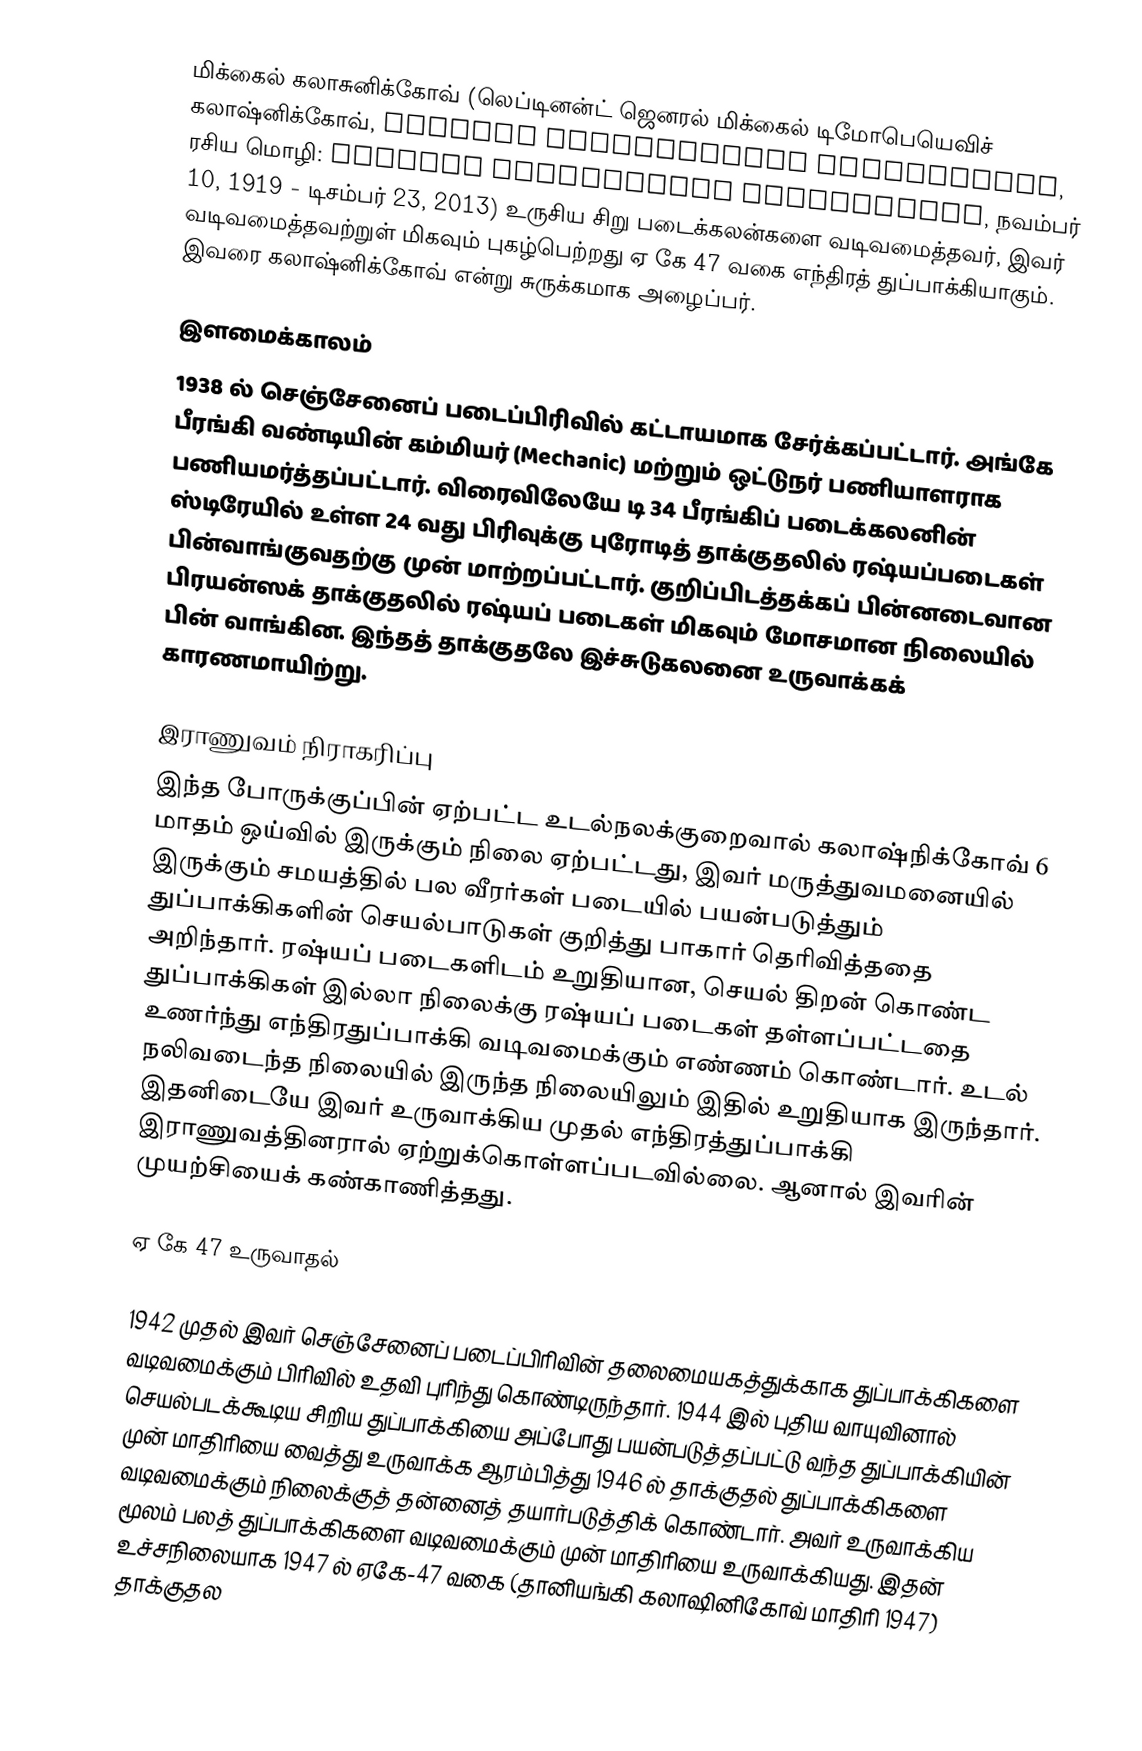
மிக்கைல் கலாசுனிக்கோவ் (லெப்டினன்ட் ஜெனரல் மிக்கைல் டிமோபெயெவிச்  கலாஷ்னிக்கோவ், Mikhail Timofeyevich Kalashnikov, ரசிய மொழி: Михаи́л Тимофе́евич Кала́шников, நவம்பர் 10, 1919 - டிசம்பர் 23, 2013) உருசிய சிறு படைக்கலன்களை வடிவமைத்தவர், இவர் வடிவமைத்தவற்றுள் மிகவும் புகழ்பெற்றது  ஏ கே 47 வகை  எந்திரத் துப்பாக்கியாகும். இவரை கலாஷ்னிக்கோவ் என்று சுருக்கமாக அழைப்பர்.

இளமைக்காலம்
1938 ல் செஞ்சேனைப் படைப்பிரிவில் கட்டாயமாக சேர்க்கப்பட்டார். அங்கே பீரங்கி வண்டியின் கம்மியர் (Mechanic) மற்றும் ஒட்டுநர் பணியாளராக பணியமர்த்தப்பட்டார். விரைவிலேயே  டி 34 பீரங்கிப் படைக்கலனின் ஸ்டிரேயில் உள்ள  24 வது பிரிவுக்கு புரோடித் தாக்குதலில் ரஷ்யப்படைகள் பின்வாங்குவதற்கு முன் மாற்றப்பட்டார். குறிப்பிடத்தக்கப் பின்னடைவான பிரயன்ஸக் தாக்குதலில் ரஷ்யப் படைகள் மிகவும் மோசமான நிலையில் பின் வாங்கின. இந்தத் தாக்குதலே இச்சுடுகலனை உருவாக்கக் காரணமாயிற்று.

இராணுவம் நிராகரிப்பு
இந்த போருக்குப்பின் ஏற்பட்ட உடல்நலக்குறைவால் கலாஷ்நிக்கோவ் 6 மாதம் ஒய்வில் இருக்கும் நிலை ஏற்பட்டது, இவர் மருத்துவமனையில் இருக்கும் சமயத்தில் பல வீரர்கள் படையில் பயன்படுத்தும் துப்பாக்கிகளின் செயல்பாடுகள் குறித்து பாகார் தெரிவித்ததை அறிந்தார். ரஷ்யப் படைகளிடம் உறுதியான, செயல் திறன் கொண்ட துப்பாக்கிகள் இல்லா நிலைக்கு ரஷ்யப் படைகள் தள்ளப்பட்டதை உணர்ந்து எந்திரதுப்பாக்கி வடிவமைக்கும் எண்ணம் கொண்டார். உடல் நலிவடைந்த நிலையில் இருந்த நிலையிலும் இதில் உறுதியாக இருந்தார். இதனிடையே இவர் உருவாக்கிய முதல் எந்திரத்துப்பாக்கி இராணுவத்தினரால் ஏற்றுக்கொள்ளப்படவில்லை. ஆனால் இவரின் முயற்சியைக் கண்காணித்தது.

ஏ கே 47 உருவாதல்

1942 முதல் இவர் செஞ்சேனைப் படைப்பிரிவின் தலைமையகத்துக்காக துப்பாக்கிகளை வடிவமைக்கும் பிரிவில் உதவி புரிந்து கொண்டிருந்தார். 1944 இல் புதிய வாயுவினால் செயல்படக்கூடிய சிறிய துப்பாக்கியை அப்போது பயன்படுத்தப்பட்டு வந்த துப்பாக்கியின் முன் மாதிரியை வைத்து உருவாக்க ஆரம்பித்து 1946 ல் தாக்குதல் துப்பாக்கிகளை வடிவமைக்கும் நிலைக்குத் தன்னைத் தயார்படுத்திக் கொண்டார். அவர் உருவாக்கிய மூலம் பலத் துப்பாக்கிகளை வடிவமைக்கும் முன் மாதிரியை உருவாக்கியது. இதன் உச்சநிலையாக 1947 ல் ஏகே-47 வகை (தானியங்கி கலாஷினிகோவ் மாதிரி 1947) தாக்குதல